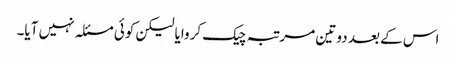
اس کے بعد دو تین مرتبہ چیک کروایا لیکن کوئی مسئلہ نہیں آیا۔